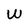
Character: W